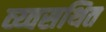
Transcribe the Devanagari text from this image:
व्य्वसथित